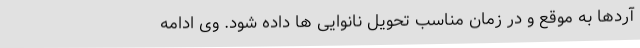
آردها به موقع و در زمان مناسب تحویل نانوایی ها داده شود. وی ادامه